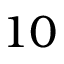
1 0